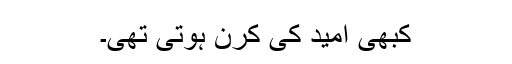
کبھی امید کی کرن ہوتی تھی۔